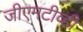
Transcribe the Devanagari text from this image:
जीएमटीव्ही